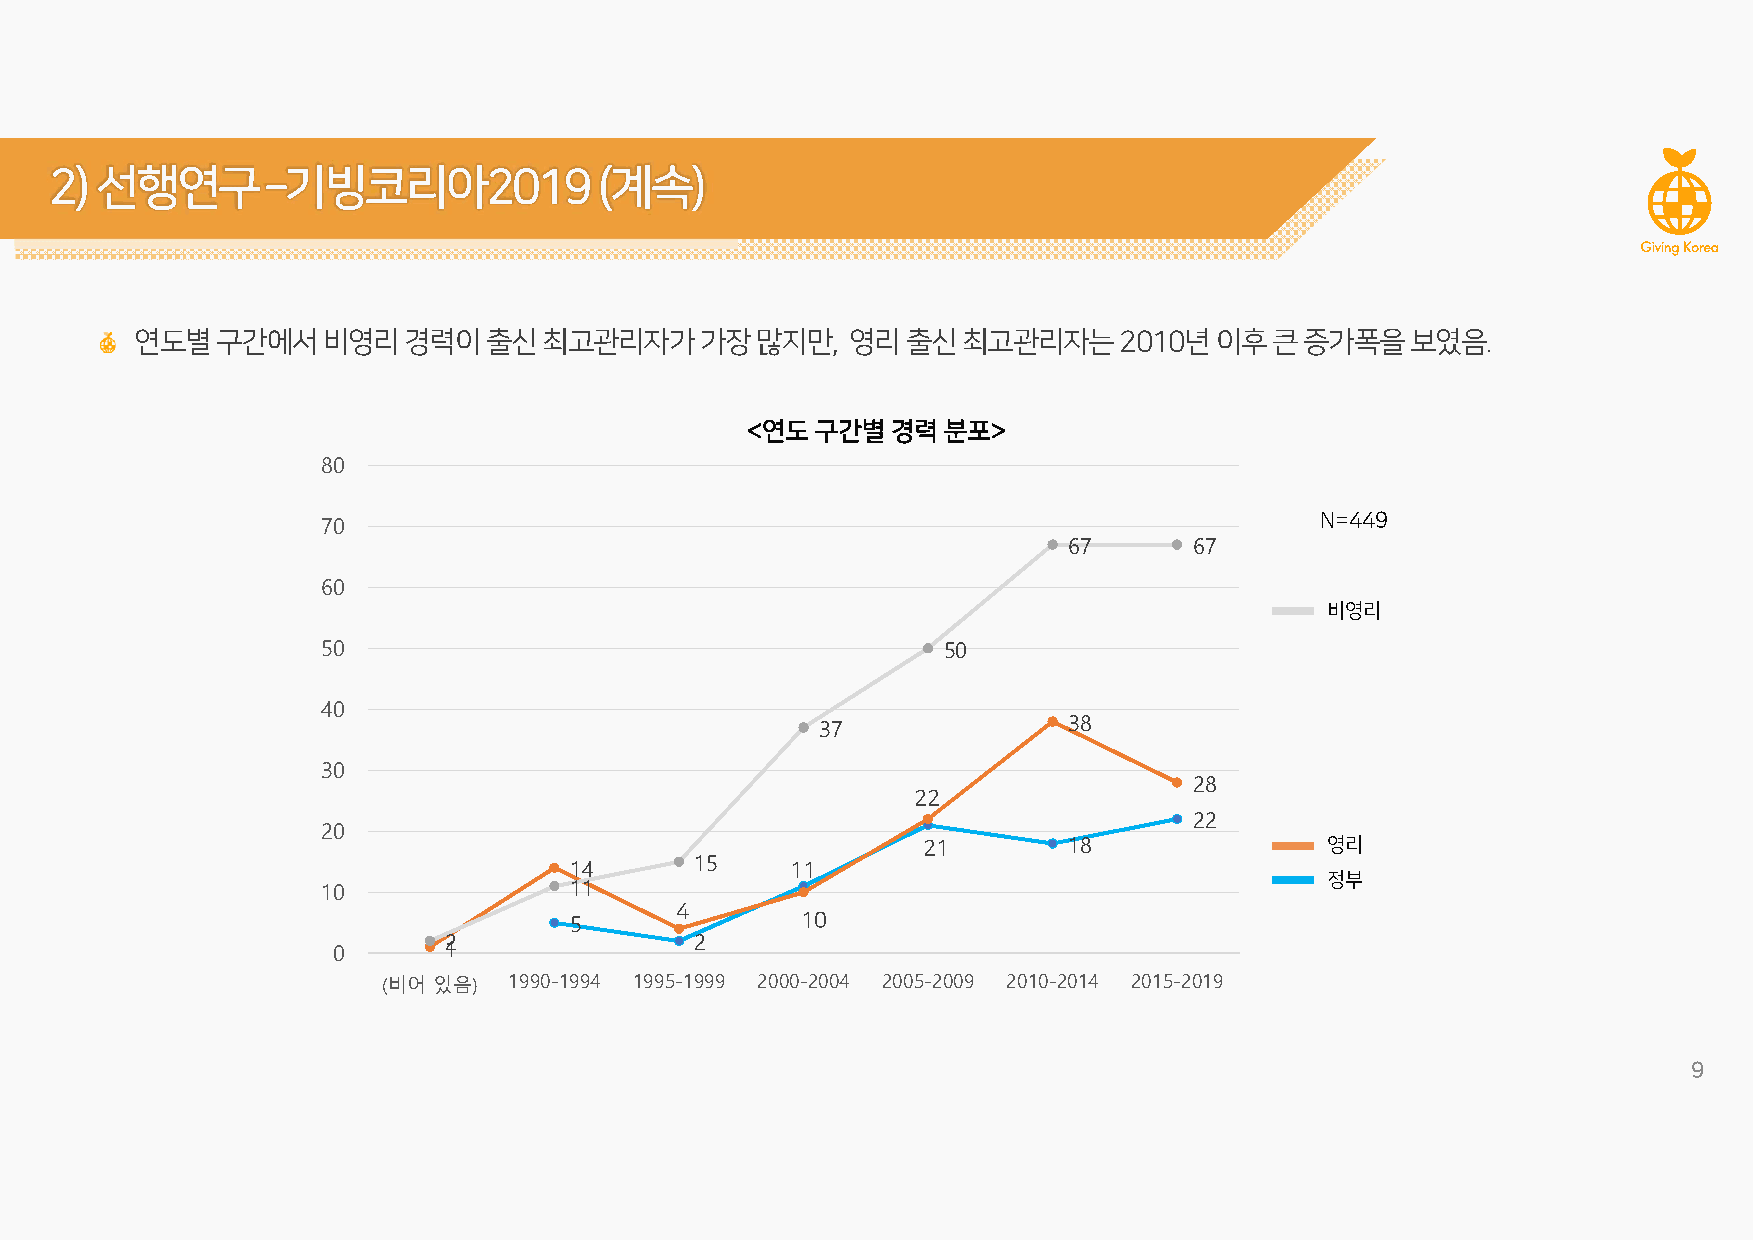
2)선행연구­기빙코리아2019(계속)
 연도별구간에서비영리경력이출신최고관리자가가장많지만,영리출신최고관리자는2010년이후큰증가폭을보였음.
 <연도구간별경력     분포>
 80
 70                                                                N=449
 67      67
 60
 비영리
 50                                       50
 40
 37               38
 30
 28
 22
 22
 20
 21        18               영리
 14      15    11
 정부
 10               11
 4
 5              10
 0
 12               2
 (비어 있음)  1990-1994 1995-1999 2000-2004 2005-2009 2010-2014 2015-2019
 9